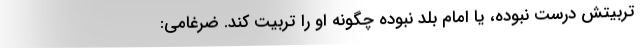
تربیتش درست نبوده، یا امام بلد نبوده چگونه او را تربیت کند. ضرغامی: